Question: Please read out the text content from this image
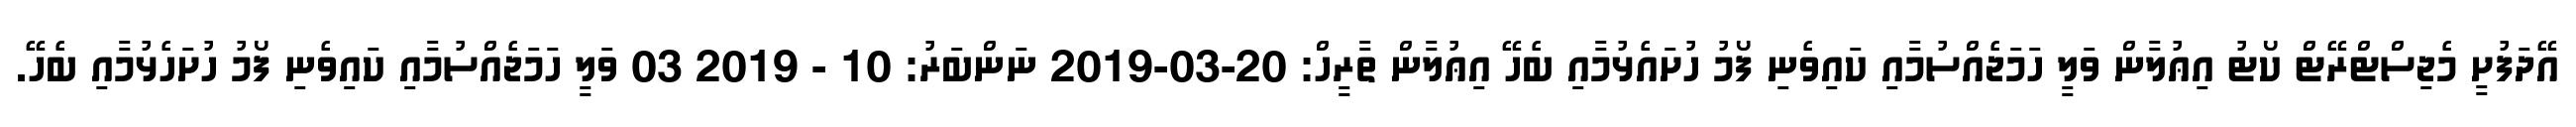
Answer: އޭދަފުށީ މެޖިސްޓްރޭޓް ކޯޓު އިޢުލާން ވަލީ ހަމަޖެއްސުމާއި ކައިވެނި ފޯމު ހުށައެޅުމާއި ބެހޭ އިޢުލާން ތާރީހް: 20-03-2019 ނަންބަރު: 10 - 2019 03 ވަލީ ހަމަޖެއްސުމާއި ކައިވެނި ފޯމު ހުށަހެޅުމާއި ބެހޭ.